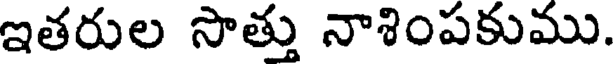
ఇతరుల సొత్తు నాశింపకుము.